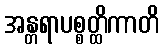
အန္တရာပစ္စတ္ထိကာတိ